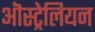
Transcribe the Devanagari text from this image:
ऒस्ट्रेलियन